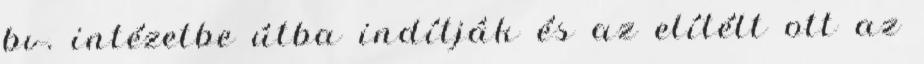
bv. intézetbe útba indítják és az elítélt ott az